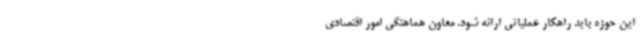
این حوزه باید راهکار عملیاتی ارائه شود. معاون هماهنگی امور اقتصادی